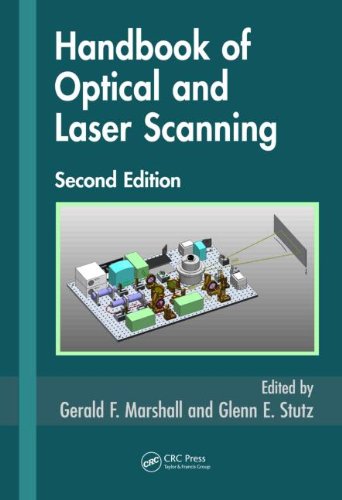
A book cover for Handbook of Optical and Laser Scanning, Second Edition (Optical Science and Engineering); Science & Math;